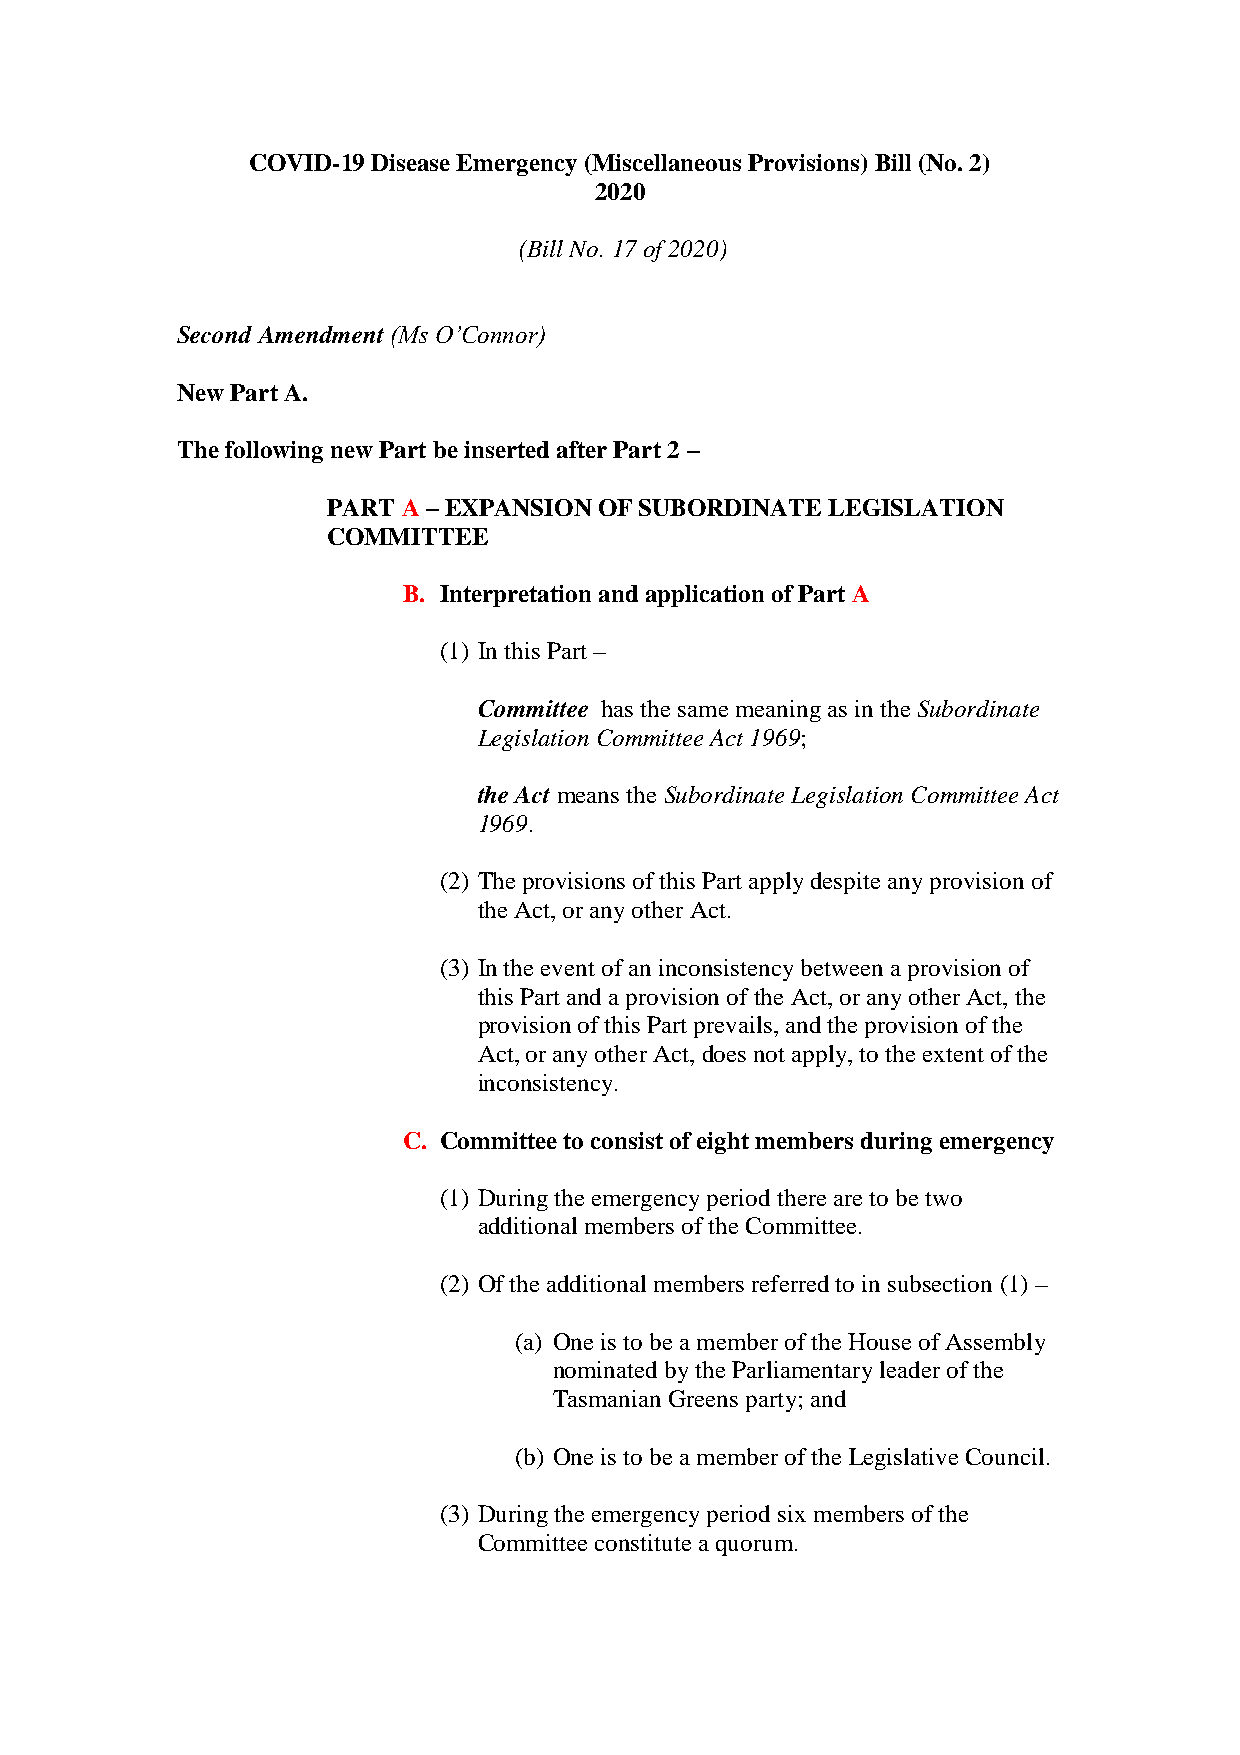
COVID-19 Disease Emergency (Miscellaneous Provisions) Bill (No. 2)
 2020
 (Bill No. 17 of 2020)
 Second Amendment (Ms O’Connor)
 New Part A.
 The following new Part be inserted after Part 2 –
 PART A – EXPANSION OF SUBORDINATE LEGISLATION
 COMMITTEE
 B. Interpretation and application of Part A
 (1) In this Part –
 Committee has the same meaning as in the Subordinate
 Legislation Committee Act 1969;
 the Act means the Subordinate Legislation Committee Act
 1969.
 (2) The provisions of this Part apply despite any provision of
 the Act, or any other Act.
 (3) In the event of an inconsistency between a provision of
 this Part and a provision of the Act, or any other Act, the
 provision of this Part prevails, and the provision of the
 Act, or any other Act, does not apply, to the extent of the
 inconsistency.
 C. Committee to consist of eight members during emergency
 (1) During the emergency period there are to be two
 additional members of the Committee.
 (2) Of the additional members referred to in subsection (1) –
 (a) One is to be a member of the House of Assembly
 nominated by the Parliamentary leader of the
 Tasmanian Greens party; and
 (b) One is to be a member of the Legislative Council.
 (3) During the emergency period six members of the
 Committee constitute a quorum.